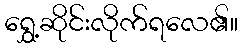
ရွှေ့ဆိုင်းလိုက်ရလေ၏။